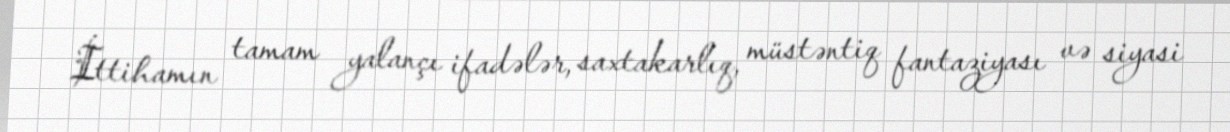
İttihamın tamam yalançı ifadələr, saxtakarlıq, müstəntiq fantaziyası və siyasi